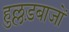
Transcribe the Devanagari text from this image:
हुल्लड़बाजों